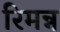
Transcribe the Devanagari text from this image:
रिमन्न